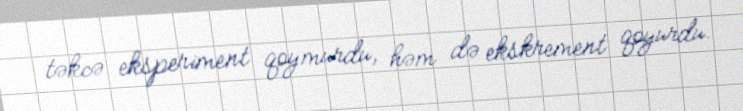
təkcə eksperiment qoymurdu, həm də ekskrement qoyurdu.